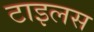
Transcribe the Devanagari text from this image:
टाइलस